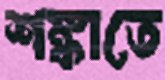
শঙ্কাতে